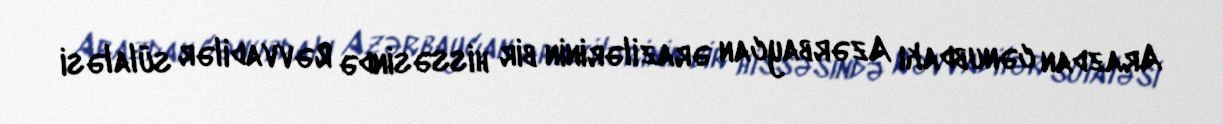
Arazdan cənubdakı Azərbaycan ərazilərinin bir hissəsində Rəvvadilər sülaləsi